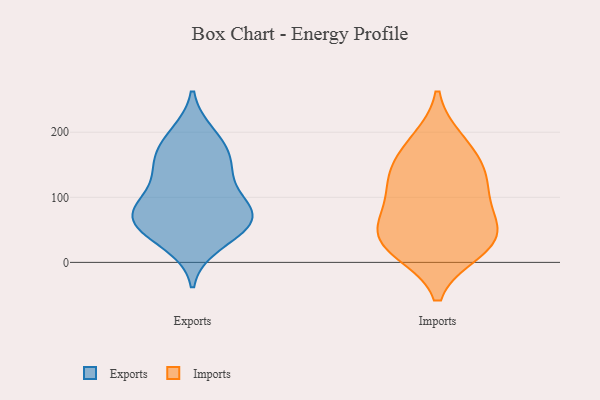
{"axis": {"x": "Active Users", "y": "Value"}, "legend": ["Exports", "Imports"], "data": [{"x": "", "y": 74, "type": "Exports"}, {"x": "", "y": 53, "type": "Exports"}, {"x": "", "y": 162, "type": "Exports"}, {"x": "", "y": 61, "type": "Exports"}, {"x": "", "y": 87, "type": "Exports"}, {"x": "", "y": 85, "type": "Exports"}, {"x": "", "y": 28, "type": "Exports"}, {"x": "", "y": 196, "type": "Exports"}, {"x": "", "y": 133, "type": "Exports"}, {"x": "", "y": 71, "type": "Exports"}, {"x": "", "y": 44, "type": "Exports"}, {"x": "", "y": 157, "type": "Exports"}, {"x": "", "y": 138, "type": "Exports"}, {"x": "", "y": 83, "type": "Exports"}, {"x": "", "y": 188, "type": "Exports"}, {"x": "", "y": 71, "type": "Imports"}, {"x": "", "y": 34, "type": "Imports"}, {"x": "", "y": 131, "type": "Imports"}, {"x": "", "y": 174, "type": "Imports"}, {"x": "", "y": 128, "type": "Imports"}, {"x": "", "y": 51, "type": "Imports"}, {"x": "", "y": 20, "type": "Imports"}, {"x": "", "y": 90, "type": "Imports"}, {"x": "", "y": 18, "type": "Imports"}, {"x": "", "y": 132, "type": "Imports"}, {"x": "", "y": 186, "type": "Imports"}, {"x": "", "y": 41, "type": "Imports"}]}